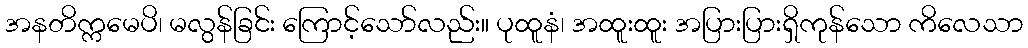
အနတိက္ကမေပိ၊ မလွန်ခြင်း ကြောင့်သော်လည်း။ ပုထူနံ၊ အထူးထူး အပြားပြားရှိကုန်သော ကိလေသာ